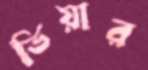
ভিয়ার